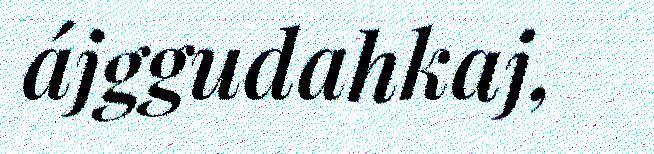
ájggudahkaj,